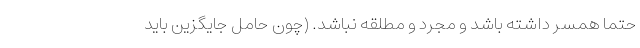
حتما همسر داشته باشد و مجرد و مطلقه نباشد. (چون حامل جایگزین باید